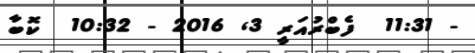
- 11:31  ފެބްރުއަރީ 3